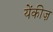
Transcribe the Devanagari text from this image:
येंकीज़